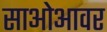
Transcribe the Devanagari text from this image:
साओआवर